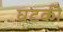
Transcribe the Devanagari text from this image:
घटकी